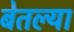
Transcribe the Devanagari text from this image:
बेतल्या